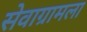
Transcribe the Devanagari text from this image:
सेवाग्रामला